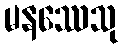
မနဿေသု